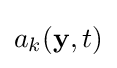
a_{k}(\mathbf {y} ,t)